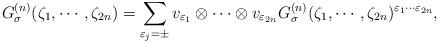
LaTeX: \begin{align*}G^{(n)}_\sigma(\zeta_1,\cdots,\zeta_{2n})=\sum_{\varepsilon_j =\pm} v_{\varepsilon_1} \otimes \cdots \otimes v_{\varepsilon_{2n}} G^{(n)}_\sigma(\zeta_1,\cdots,\zeta_{2n})^{\varepsilon_1 \cdots \varepsilon_{2n}}, \end{align*}